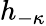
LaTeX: h_{-\kappa}